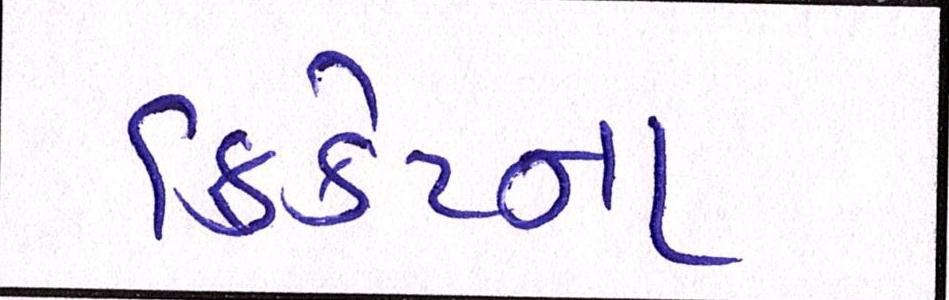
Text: ક્રિકેટના